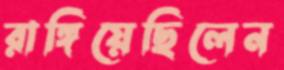
রাঙ্গিয়েছিলেন